Tezpur Lunatic Asylum reports 1877-1894 - 1877-1894
Year: 1877
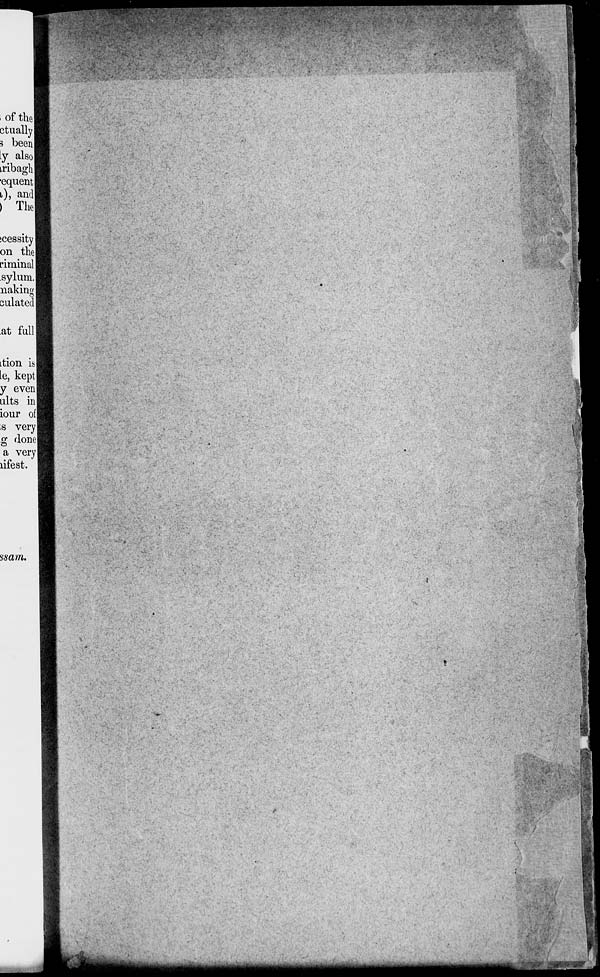
;